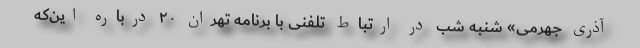
آذری جهرمی» شنبه شب در ارتباط تلفنی با برنامه تهران ۲۰ درباره این‌که